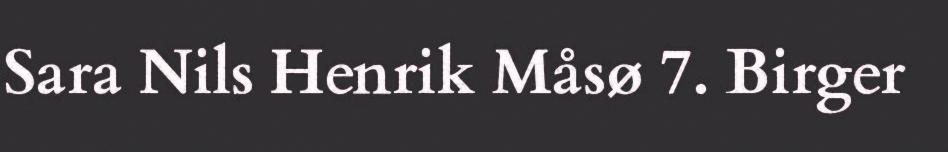
Sara Nils Henrik Måsø 7. Birger